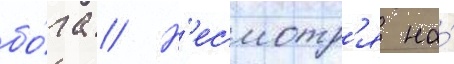
бо́га // Н'есмотр'я на́